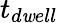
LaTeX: t_{d\mathit{w}ell}